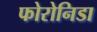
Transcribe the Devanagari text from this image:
फोरोनिडा